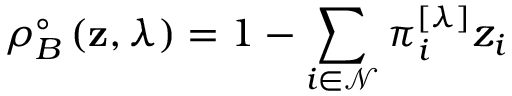
\rho _ { B } ^ { \circ } \left( \mathbf { z } , \lambda \right) = 1 - \sum _ { i \in \mathcal { N } } \pi _ { i } ^ { \left[ \lambda \right] } z _ { i }